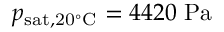
p _ { \mathrm { s a t , 2 0 ^ { \circ } C } } = 4 4 2 0 \ \mathrm { P a }